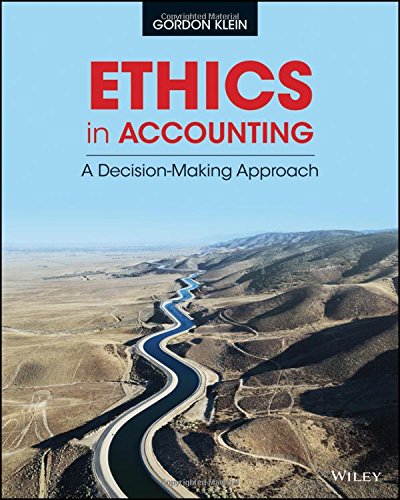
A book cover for Ethics in Accounting: A Decision-Making Approach; Gordon Klein; Business & Money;